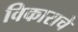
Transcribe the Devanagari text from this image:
विकाराचे